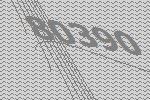
80390